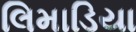
લિમાડિયા